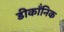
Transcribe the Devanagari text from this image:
डीकॉंनिक